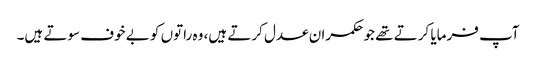
آپ فرمایا کرتے تھے جو حکمران عدل کرتے ہیں، وہ راتوں کو بے خوف سوتے ہیں۔